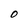
Character: O